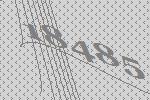
18485